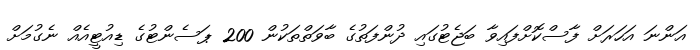
އަންނަ އަހަރަށް ފާސްކޮށްފައިވާ ބަޖެޓުގައި ދުންފަތުގެ ބާވަތްތަކުން 200 ޕަސެންޓުގެ ޑިއުޓީއެއް ނެގުމަށް